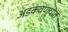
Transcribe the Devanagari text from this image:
अडकवण्यात